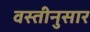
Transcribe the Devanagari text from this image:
वस्तीनुसार